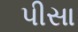
પીસા